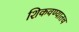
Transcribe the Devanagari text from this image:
शिकवण्यातच